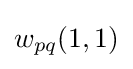
w_{pq}(1,1)